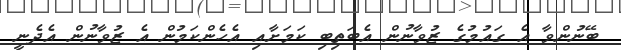
ބޭނުންވާ އެ ގައުމުގެ ޒުވާނުން އެބަތިބި ކަމަށާއި އެހެންކަމުން އެ ޒުވާނުން އެދެނީ